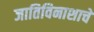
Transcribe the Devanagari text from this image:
जातिविनाशाचे